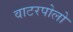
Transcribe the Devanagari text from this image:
वाटरपोलो